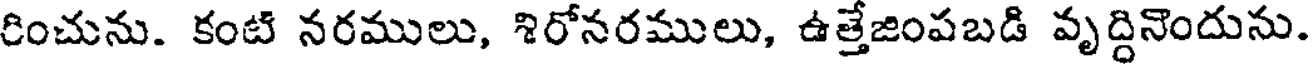
రించును. కంటి నరములు, శిరోనరములు, ఉత్తేజింపబడి వృద్దినొందును.